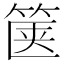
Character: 箧